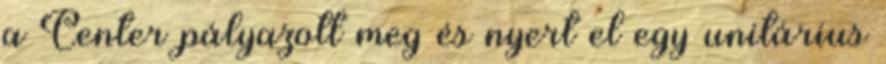
a Center pályazott meg és nyert el egy unitárius